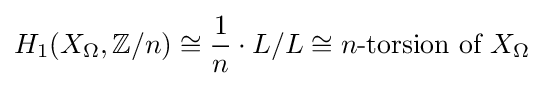
H_{1}(X_{\Omega },\mathbb {Z} /n)\cong {\frac {1}{n}}\cdot L/L\cong n{\text{-torsion of }}X_{\Omega }